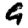
Digit: 9